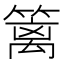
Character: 篱